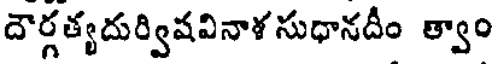
దౌర్గత్యదుర్విషవినాళ సుధానదీం త్వాం